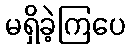
မရှိခဲ့ကြပေ